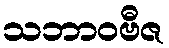
သဘာဝဗီဇ